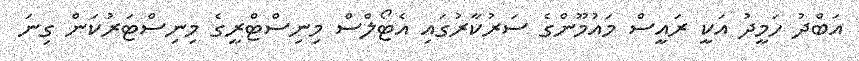
އަބްދު ހަމީދު އަކީ ރައީސް މައުމޫންގެ ސަރުކާރުގައި އެޓޯލްސް މިނިސްޓްރީގެ މިނިސްޓަރުކަން ގިނަ